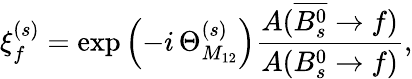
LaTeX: \xi_{f}^{(s)}=\exp\left(-i\, \Theta_{M_{12}}^{(s)}\right)\frac{A(\overline{{{B_{s}^{0}}}}\to f)}{A(B_{s}^{0}\to f)},